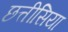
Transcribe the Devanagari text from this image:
छत्तीसिया